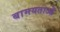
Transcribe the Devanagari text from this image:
बामयताओं